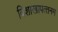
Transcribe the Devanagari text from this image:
विशाखापत्‍तनम